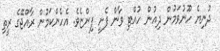
ދުނިޔެ ހޫނުވަމުން ދިއުން ހުއްޓި ވާން ފެށީ ފިންޏެވެ. އެހެންކަމުން ރާއްޖޭގެ ރީތި